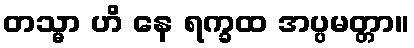
တသ္မာ ဟိ နေ ရက္ခထ အပ္ပမတ္တာ။